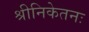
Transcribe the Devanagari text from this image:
श्रीनिकेतनः